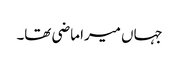
جہاں میرا ماضی تھا۔